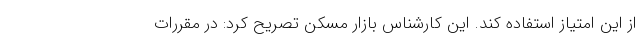
از این امتیاز استفاده کند. این کارشناس بازار مسکن تصریح کرد: در مقررات